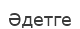
Әдетге